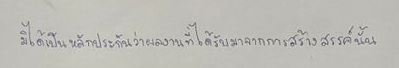
มิได้เป็นหลักประกันว่าผลงานที่ได้รับมาจากการสร้างสรรค์นั้น